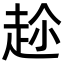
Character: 𮚶